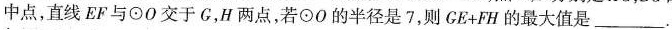
中点，直线EF与⊙0交于G，H两点，若⊙0的半径是7，则CE+FH的最大值是___.